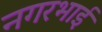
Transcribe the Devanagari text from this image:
नगरभाई